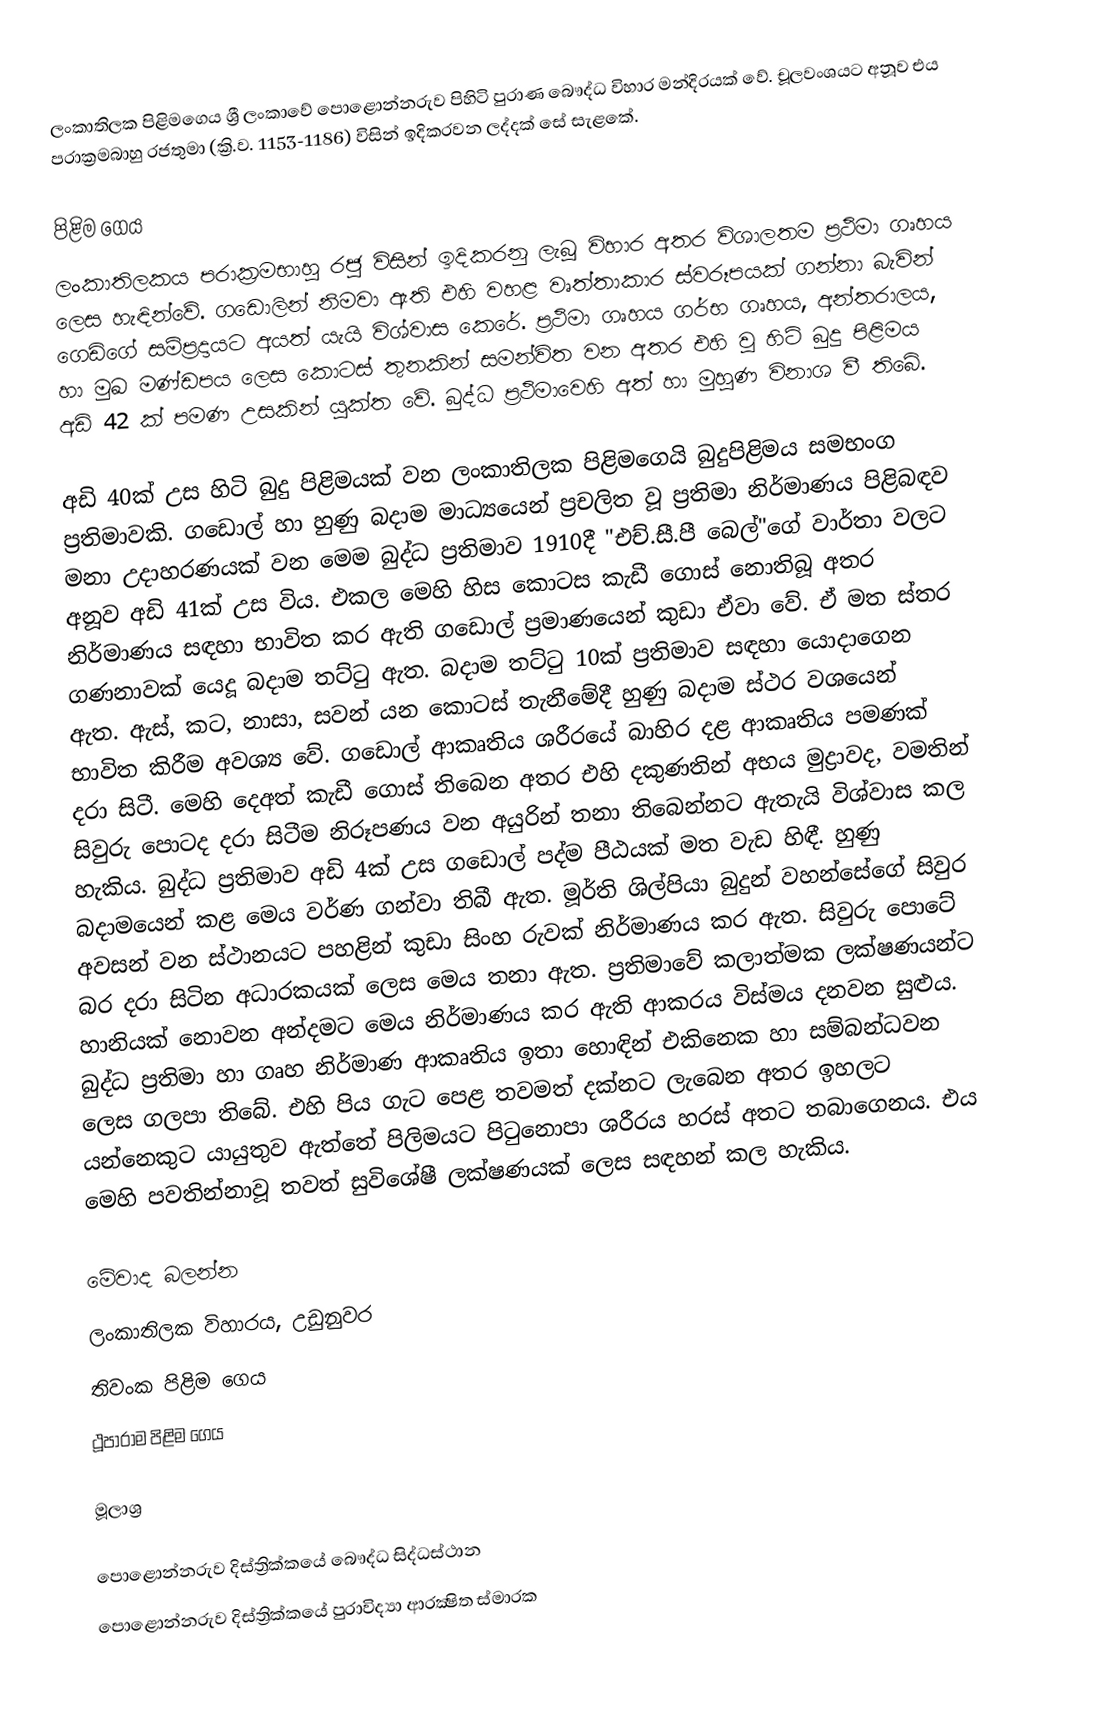
ලංකාතිලක පිළිමගෙය ශ්‍රී ලංකාවේ පොළොන්නරුව පිහිටි පුරාණ බෞද්ධ විහාර මන්දිරයක් වේ. චූලවංශයට අනූව එය පරාක්‍රමබාහු රජතුමා (ක්‍රි.ව. 1153-1186) විසින් ඉදිකරවන ලද්දක් සේ සැළකේ.

පිළිම ගෙය
ලංකාතිලකය පරාක්‍රමභාහු රජු විසින් ඉදිකරනු ලැබූ විහාර අතර විශාලතම ප්‍රථිමා ගෘහය ලෙස හැඳින්වේ. ගඩොලින් නිමවා ඇති එහි වහළ වෘත්තාකාර ස්වරූපයක් ගන්නා බැවින් ගෙඩිගේ සම්ප්‍රදායට අයත් යැයි විශ්වාස කෙරේ. ප්‍රථිමා ගෘහය ගර්භ ගෘහය, අන්තරාලය, හා මුඛ මණ්ඩපය ලෙස කොටස් තුනකින් සමන්විත වන අතර එහි වූ හිටි බුදු පිළිමය අඩි 42 ක් පමණ උසකින් යුක්ත වේ. බුද්ධ ප්‍රථිමාවෙහි අත් හා මුහුණ විනාශ වී තිබේ.

අඩි 40ක් උස හිටි බුදු පිළිමයක් වන ලංකාතිලක පිළිමගෙයි බුදුපිළිමය සමභංග ප්‍රතිමාවකි. ගඩොල් හා හුණු බදාම මාධ්‍යයෙන් ප්‍රචලිත වූ ප්‍රතිමා නිර්මාණය පිළිබඳව මනා උදාහරණයක් වන මෙම බුද්ධ ප්‍රතිමාව 1910දී "එච්.සී.පී බෙල්"ගේ වාර්තා වලට අනූව අඩි 41ක් උස විය. එකල මෙහි හිස කොටස කැඩී ගොස් නොතිබූ අතර නිර්මාණය සඳහා භාවිත කර ඇති ගඩොල් ප්‍රමාණයෙන් කුඩා ඒවා වේ. ඒ මත ස්තර ගණනාවක් යෙදූ බදාම තට්‍ටු ඇත. බදාම තට්‍ටු 10ක් ප්‍රතිමාව සඳහා යොදාගෙන ඇත. ඇස්, කට, නාසා, සවන් යන කොටස් තැනීමේදී හුණු බදාම ස්ථර වශයෙන් භාවිත කිරීම අවශ්‍ය වේ. ගඩොල් ආකෘතිය ශරීරයේ බාහිර දළ ආකෘතිය පමණක් දරා සිටී. මෙහි දෙඅත් කැඩී ගොස් තිබෙන අතර එහි දකුණතින් අභය මුද්‍රාවද, වමතින් සිවුරු පොටද දරා සිටීම නිරූපණය වන අයුරින් තනා තිබෙන්නට ඇතැයි විශ්වාස කල හැකිය. බුද්ධ ප්‍රතිමාව අඩි 4ක් උස ගඩොල් පද්ම පීඨයක් මත වැඩ හිඳී. හුණු බදාමයෙන් කළ මෙය වර්ණ ගන්වා තිබී ඇත. මූර්ති ශිල්පියා බුදුන් වහන්සේගේ සිවුර අවසන් වන ස්ථානයට පහළින් කුඩා සිංහ රුවක් නිර්මාණය කර ඇත. සිවුරු පොටේ බර දරා සිටින අධාරකයක් ලෙස මෙය තනා ඇත. ප්‍රතිමාවේ කලාත්මක ලක්ෂණයන්ට හානියක් නොවන අන්දමට මෙය නිර්මාණය කර ඇති ආකරය විස්මය දනවන සුළුය. බුද්ධ ප්‍රතිමා හා ගෘහ නිර්මාණ ආකෘතිය ඉතා හොඳින් එකිනෙක හා සම්බන්ධවන ලෙස ගලපා තිබේ. එහි පිය ගැට පෙළ තවමත් දක්නට ලැබෙන අතර ඉහලට යන්නෙකුට යායුතුව ඇත්තේ පිලිමයට පි‍ටුනොපා ශරීරය හරස් අතට තබාගෙනය. එය මෙහි පවතින්නාවූ තවත් සුවිශේෂී ලක්ෂණයක් ලෙස සඳහන් කල හැකිය.

මේවාද බලන්න
ලංකාතිලක විහාරය, උඩුනුවර
තිවංක පිළිම ගෙය
ථූපාරාම පිළිම ගෙය

මූලාශ්‍ර

පොළොන්නරුව දිස්ත්‍රික්කයේ බෞද්ධ සිද්ධස්ථාන
පොළොන්නරුව දිස්ත්‍රික්කයේ පුරාවිද්‍යා ආරක්‍ෂිත ස්මාරක‎